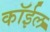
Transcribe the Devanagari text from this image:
कॉईल